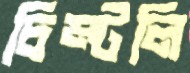
চিম্‌টলি